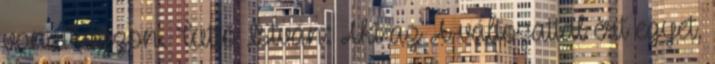
vonatkozzon. Tüttő István: Aki az A változattal ért egyet,